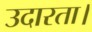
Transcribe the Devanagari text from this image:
उदारता।